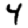
Digit: 4